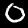
Digit: 0